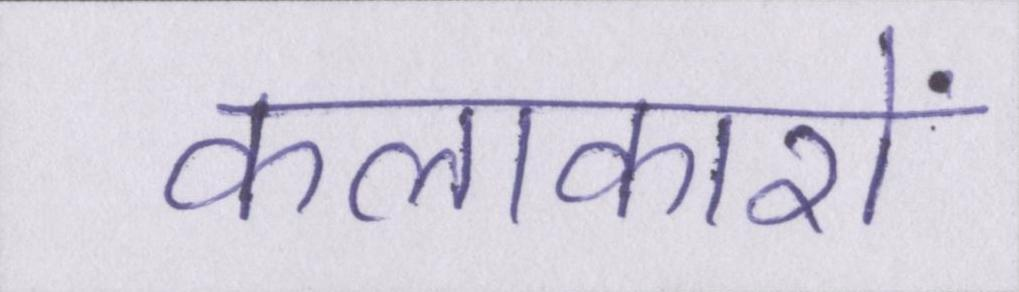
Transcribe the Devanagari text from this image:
कलाकारों